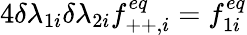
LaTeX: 4\delta\lambda_{1i}\delta\lambda_{2i}f_{++,i}^{eq}=f_{1i}^{eq}